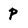
Character: p